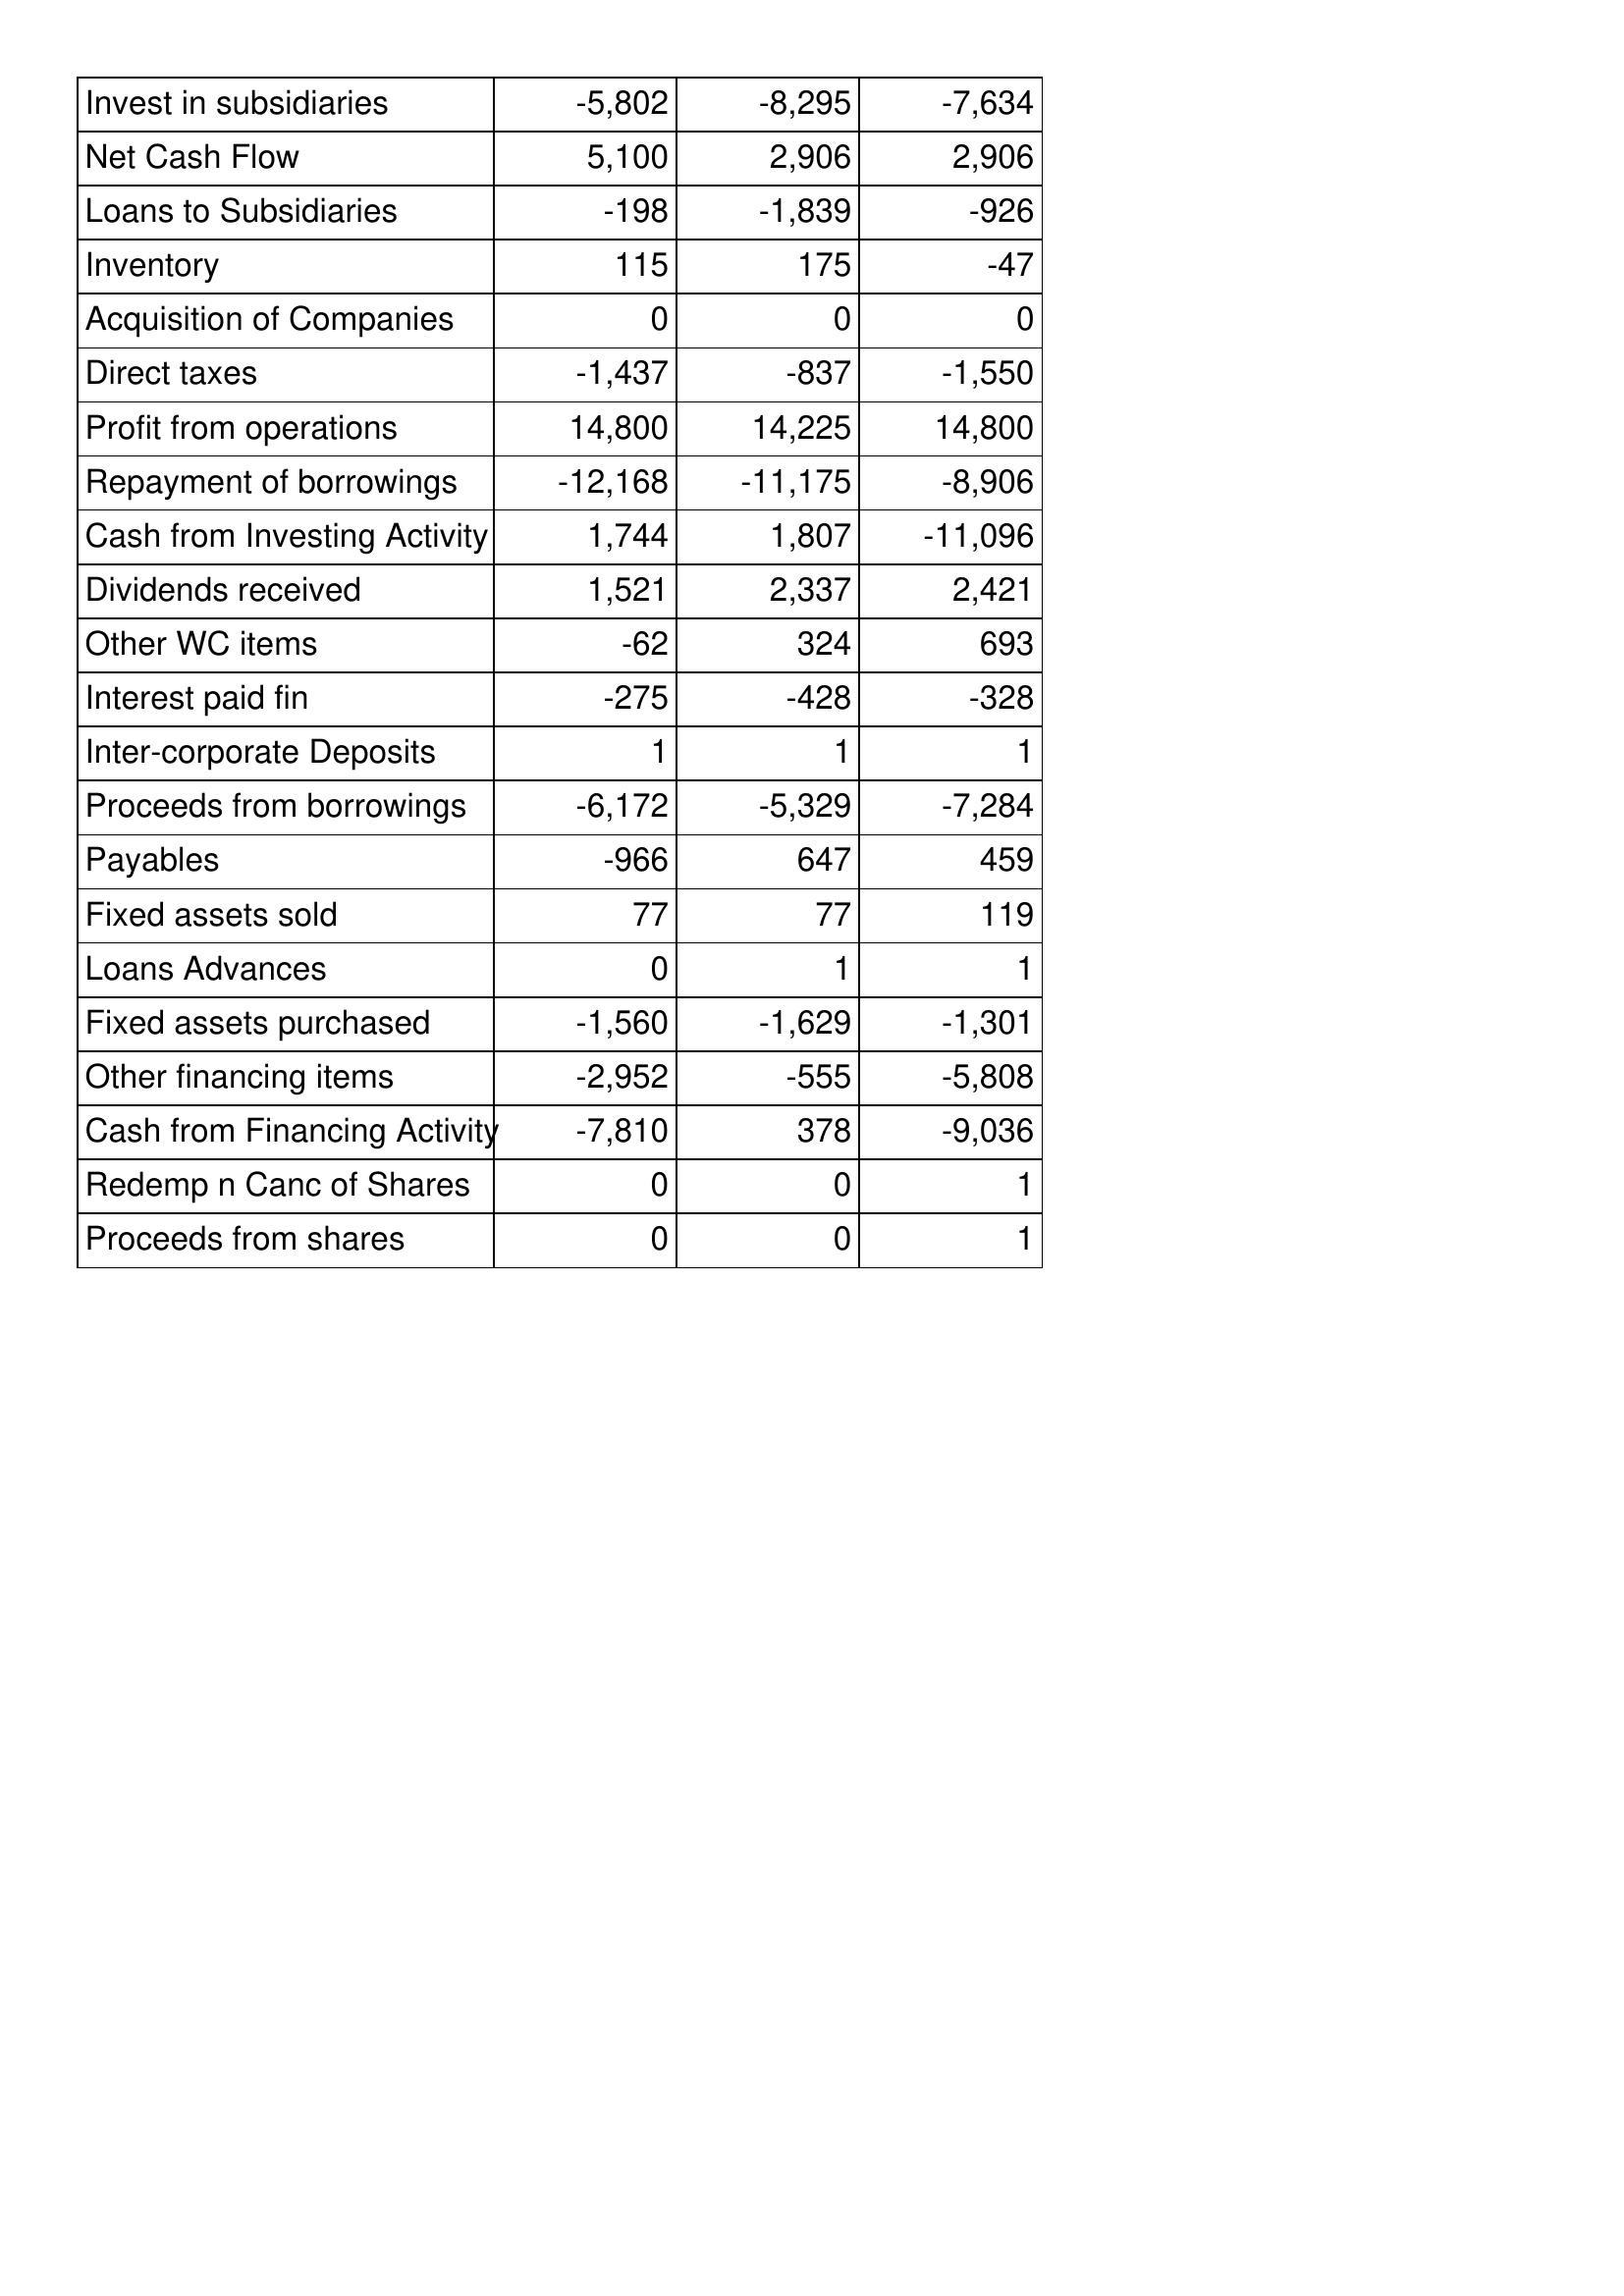
Mar-13: Cash Flows: Invest in subsidiaries: -5,802
Net Cash Flow: 5,100
Loans to Subsidiaries: -198
Inventory: 115
Acquisition of Companies: 0
Direct taxes: -1,437
Profit from operations: 14,800
Repayment of borrowings: -12,168
Cash from Investing Activity: 1,744
Dividends received: 1,521
Other WC items: -62
Interest paid fin: -275
Inter-corporate Deposits: 1
Proceeds from borrowings: -6,172
Payables: -966
Fixed assets sold: 77
Loans Advances: 0
Fixed assets purchased: -1,560
Other financing items: -2,952
Cash from Financing Activity: -7,810
Redemp n Canc of Shares: 0
Proceeds from shares: 0
Mar-12: Cash Flows: Invest in subsidiaries: -8,295
Net Cash Flow: 2,906
Loans to Subsidiaries: -1,839
Inventory: 175
Acquisition of Companies: 0
Direct taxes: -837
Profit from operations: 14,225
Repayment of borrowings: -11,175
Cash from Investing Activity: 1,807
Dividends received: 2,337
Other WC items: 324
Interest paid fin: -428
Inter-corporate Deposits: 1
Proceeds from borrowings: -5,329
Payables: 647
Fixed assets sold: 77
Loans Advances: 1
Fixed assets purchased: -1,629
Other financing items: -555
Cash from Financing Activity: 378
Redemp n Canc of Shares: 0
Proceeds from shares: 0
Mar-11: Cash Flows: Invest in subsidiaries: -7,634
Net Cash Flow: 2,906
Loans to Subsidiaries: -926
Inventory: -47
Acquisition of Companies: 0
Direct taxes: -1,550
Profit from operations: 14,800
Repayment of borrowings: -8,906
Cash from Investing Activity: -11,096
Dividends received: 2,421
Other WC items: 693
Interest paid fin: -328
Inter-corporate Deposits: 1
Proceeds from borrowings: -7,284
Payables: 459
Fixed assets sold: 119
Loans Advances: 1
Fixed assets purchased: -1,301
Other financing items: -5,808
Cash from Financing Activity: -9,036
Redemp n Canc of Shares: 1
Proceeds from shares: 1